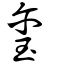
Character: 璽